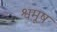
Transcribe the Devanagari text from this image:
श्वमूष